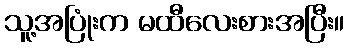
သူ့အပြုံးက မထီလေးစားအပြီး။